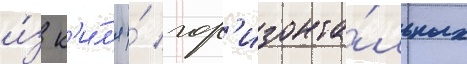
и́з к'и́л'я и́ гор'изонта́льных